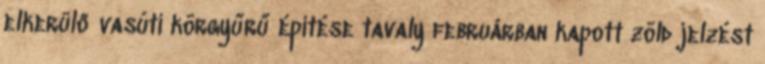
elkerülő vasúti körgyűrű építése tavaly februárban kapott zöld jelzést